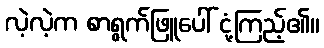
လဲ့လဲ့က စာရွက်ဖြူပေါ် ငုံ့ကြည့်၏။